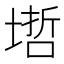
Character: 𡏥